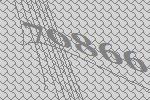
70866